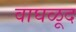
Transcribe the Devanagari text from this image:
वाघळूद